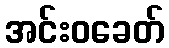
အင်းဝခေတ်